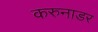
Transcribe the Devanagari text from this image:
करुनाडर